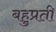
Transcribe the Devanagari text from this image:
बहुप्रती